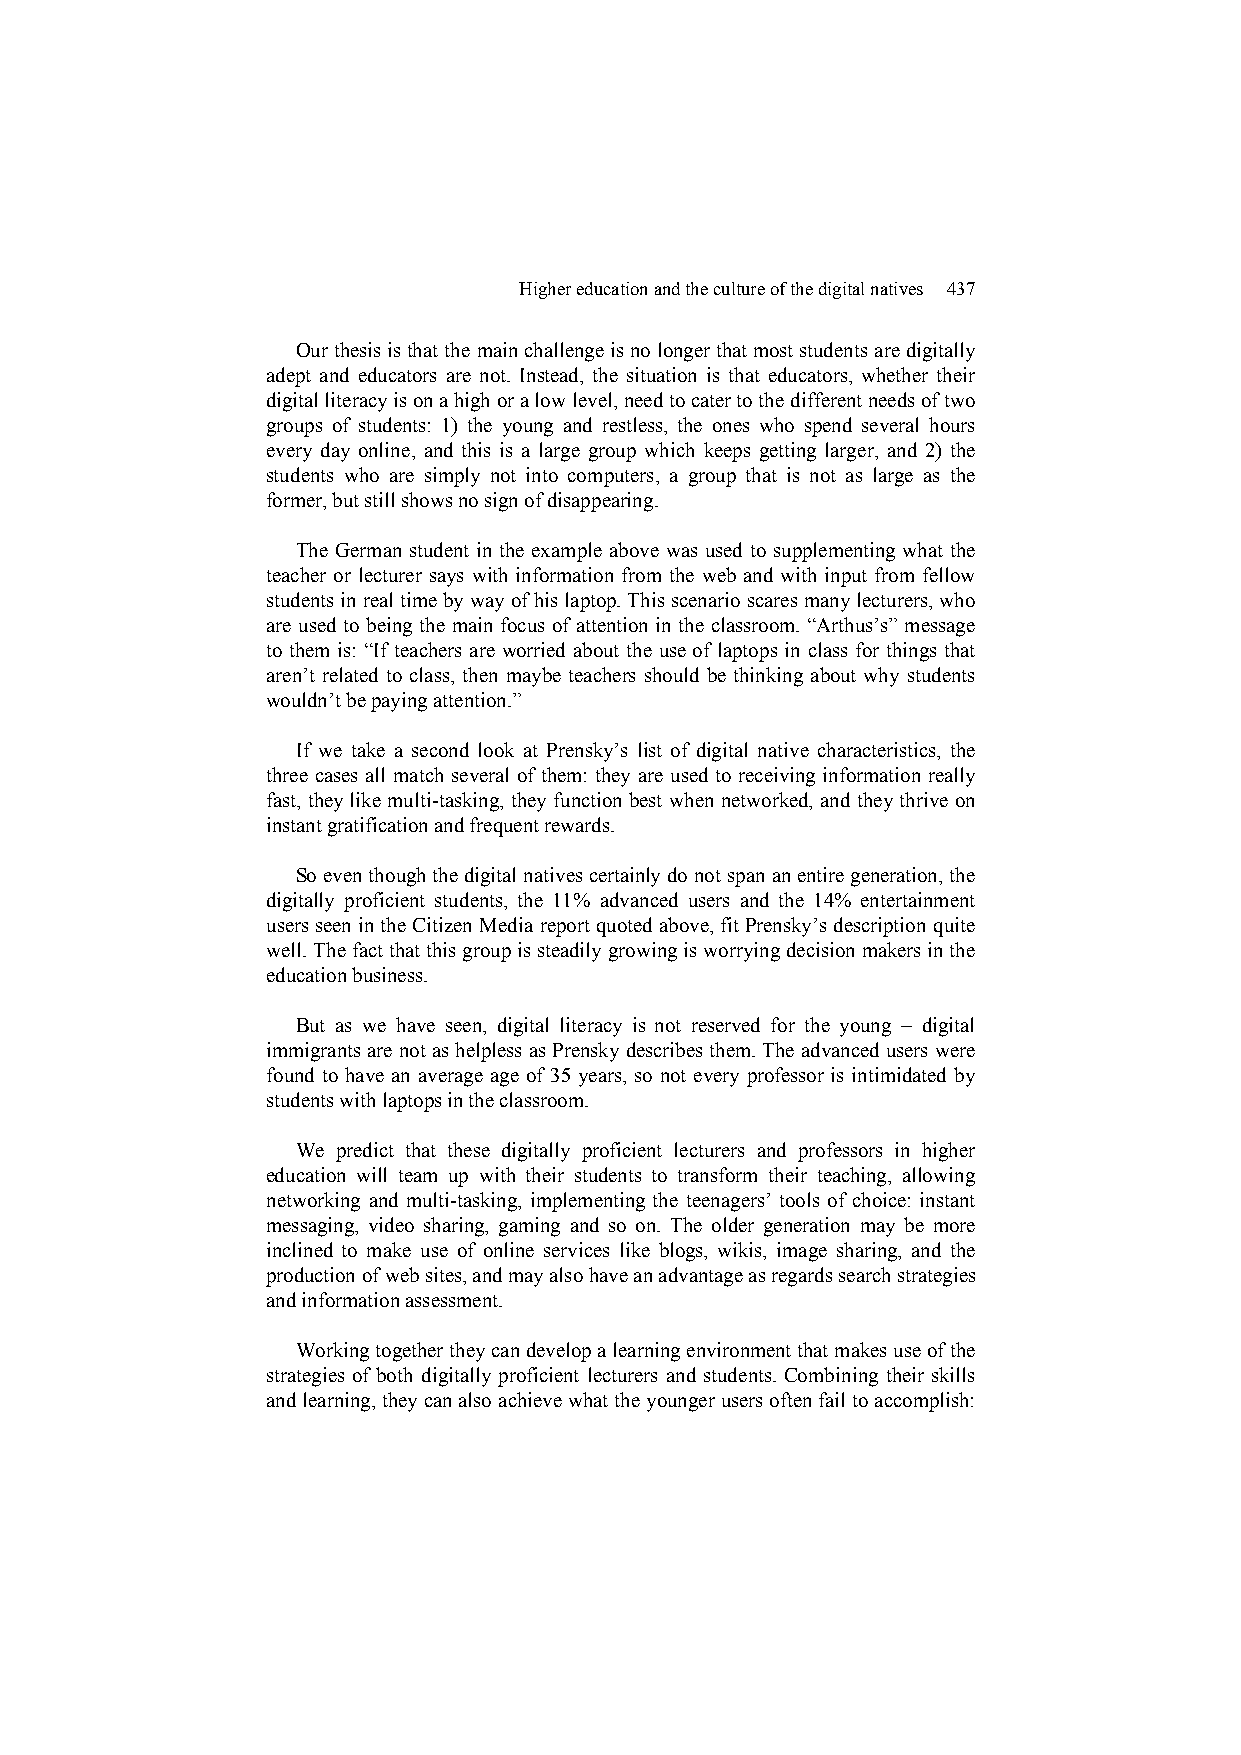
Higher education and the culture of the digital natives 437
 Our thesis is that the main challenge is no longer that most students are digitally
 adept and educators are not. Instead, the situation is that educators, whether their
 digital literacy is on a high or a low level, need to cater to the different needs of two
 groups of students: 1) the young and restless, the ones who spend several hours
 every day online, and this is a large group which keeps getting larger, and 2) the
 students who are simply not into computers, a group that is not as large as the
 former, but still shows no sign of disappearing.
 The German student in the example above was used to supplementing what the
 teacher or lecturer says with information from the web and with input from fellow
 students in real time by way of his laptop. This scenario scares many lecturers, who
 are used to being the main focus of attention in the classroom. “Arthus’s” message
 to them is: “If teachers are worried about the use of laptops in class for things that
 aren’t related to class, then maybe teachers should be thinking about why students
 wouldn’t be paying attention.”
 If we take a second look at Prensky’s list of digital native characteristics, the
 three cases all match several of them: they are used to receiving information really
 fast, they like multi-tasking, they function best when networked, and they thrive on
 instant gratification and frequent rewards.
 So even though the digital natives certainly do not span an entire generation, the
 digitally proficient students, the 11% advanced users and the 14% entertainment
 users seen in the Citizen Media report quoted above, fit Prensky’s description quite
 well. The fact that this group is steadily growing is worrying decision makers in the
 education business.
 But as we have seen, digital literacy is not reserved for the young – digital
 immigrants are not as helpless as Prensky describes them. The advanced users were
 found to have an average age of 35 years, so not every professor is intimidated by
 students with laptops in the classroom.
 We predict that these digitally proficient lecturers and professors in higher
 education will team up with their students to transform their teaching, allowing
 networking and multi-tasking, implementing the teenagers’ tools of choice: instant
 messaging, video sharing, gaming and so on. The older generation may be more
 inclined to make use of online services like blogs, wikis, image sharing, and the
 production of web sites, and may also have an advantage as regards search strategies
 and information assessment.
 Working together they can develop a learning environment that makes use of the
 strategies of both digitally proficient lecturers and students. Combining their skills
 and learning, they can also achieve what the younger users often fail to accomplish: